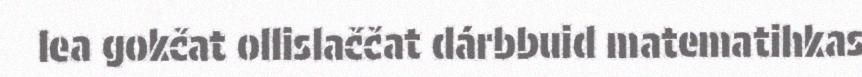
lea gokčat ollislaččat dárbbuid matematihkas